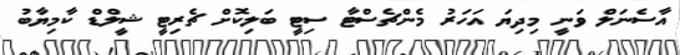
އާސެނަލް ވަނީ މިދިޔަ އަހަރު މެންޗެސްޓާ ސިޓީ ބަލިކޮށް ޗެރިޓީ ޝީލްޑް ކާމިޔާބު